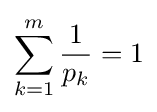
\sum _{k=1}^{m}{\frac {1}{p_{k}}}=1